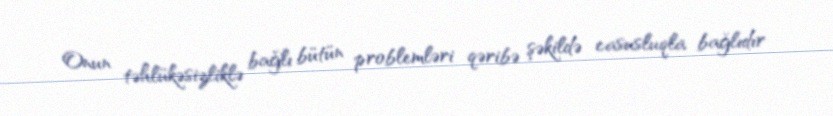
Onun təhlükəsizliklə bağlı bütün problemləri qəribə şəkildə casusluqla bağlıdır